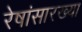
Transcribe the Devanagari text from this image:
रेषांसारख्या